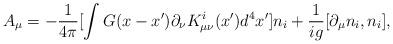
LaTeX: \begin{align*}A_\mu =-\frac 1{4\pi }[\int G(x-x^{\prime })\partial _\nu K_{\mu \nu}^i(x^{\prime })d^4x^{\prime }]n_i+\frac 1{ig}[\partial _\mu n_i,n_i],\end{align*}